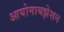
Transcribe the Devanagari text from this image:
आयोनायझेशन